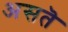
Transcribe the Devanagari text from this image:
असतॆ